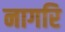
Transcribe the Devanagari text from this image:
नागरि